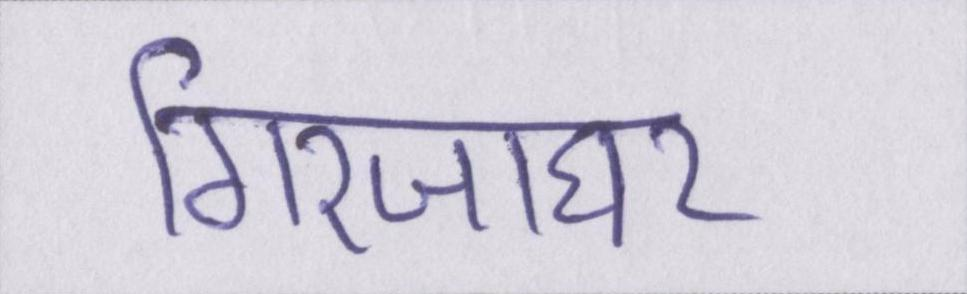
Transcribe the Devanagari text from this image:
गिरजाघर